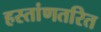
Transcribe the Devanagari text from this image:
हस्तांणतरित